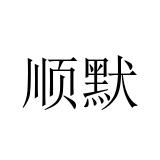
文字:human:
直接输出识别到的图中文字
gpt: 顺默